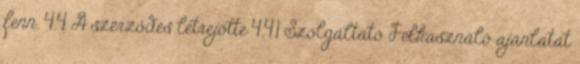
fenn. 4.4 A szerződés létrejötte 4.4.1 Szolgáltató Felhasználó ajánlatát